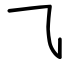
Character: ⺄